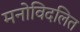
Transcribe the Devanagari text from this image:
मनोविदलित